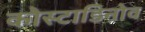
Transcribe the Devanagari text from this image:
कोस्टाडिनोव